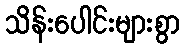
သိန်းပေါင်းများစွာ